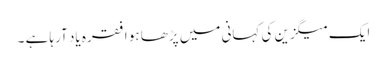
ایک میگزین کی کہانی میں پڑھا ہو ا فقرہ یاد آرہا ہے ۔